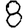
Digit: 8